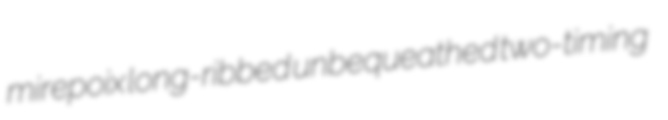
mirepoix long-ribbed unbequeathed two-timing